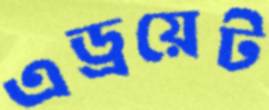
এড্রয়েট